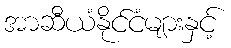
အာဆီယံနိုင်ငံများနှင့်